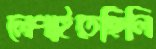
লেপাইতেছিলি